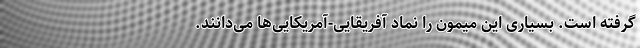
گرفته است. بسیاری این میمون را نماد آفریقایی-آمریکایی‌ها می‌دانند.